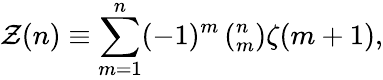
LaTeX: \mathcal{Z}(n)\equiv\sum_{m=1}^{n}(-1)^{m}\left(^n_{m}\right)\zeta(m+1),